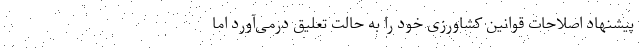
پیشنهاد اصلاحات قوانین کشاورزی خود را به حالت تعلیق درمی‌آورد اما